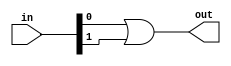
`ifndef GUARD_ANY2_V
`define GUARD_ANY2_V

module Any2 (
    in,
    out
);

    input [1:0] in;
    output out;

    assign out = in[0] | in[1];

endmodule // Any2

`endif